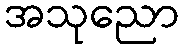
အသုညော